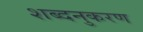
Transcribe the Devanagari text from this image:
शब्दनुकरण